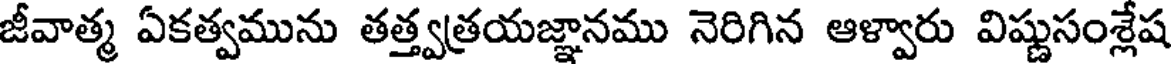
జీవాత్మ ఏకత్వమును తత్త్వత్రయజ్ఞానము నెరిగిన ఆళ్వారు విష్ణుసంశ్లేష